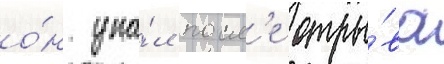
о́н упа́л посл'е отры́ва